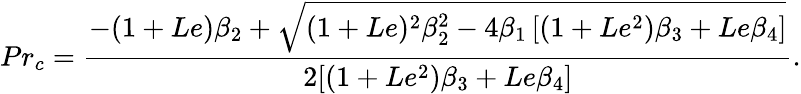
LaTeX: Pr_{c}=\frac{-(1+Le)\beta_{2}+\sqrt{(1+Le)^{2}\beta_{2}^{2}-4\beta_{1}\left[(1+Le^{2})\beta_{3}+Le\beta_{4}\right]}}{2[(1+Le^{2})\beta_{3}+Le\beta_{4}]}.